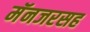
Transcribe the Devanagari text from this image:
मॅनजरसह